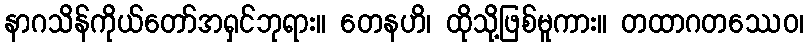
နာဂသိန်ကိုယ်တော်အရှင်ဘုရား။ တေနဟိ၊ ထိုသို့ဖြစ်မူကား။ တထာဂတဿေဝ၊